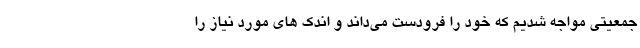
جمعیتی مواجه شدیم که خود را فرودست می‌داند و اندک های مورد نیاز را